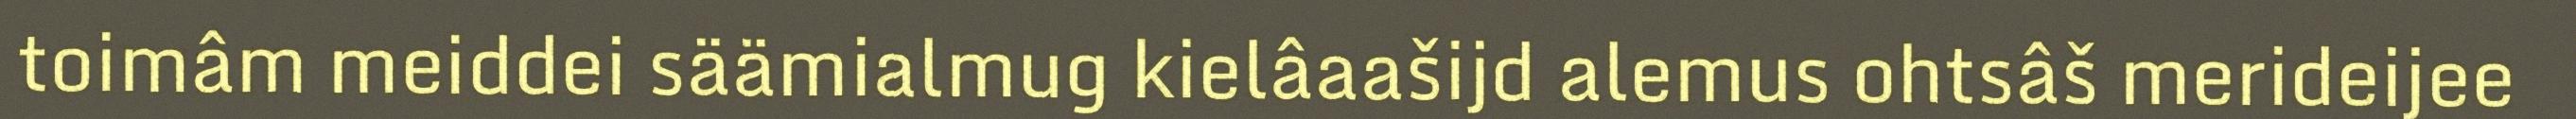
toimâm meiddei säämialmug kielâaašijd alemus ohtsâš merideijee